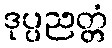
ဒုပ္ပညတ္တံ